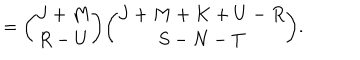
= { \binom { J + M } { R - U } } { \binom { J + M + K + U - R } { S - N - T } } .